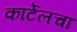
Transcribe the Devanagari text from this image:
कार्टेलचा